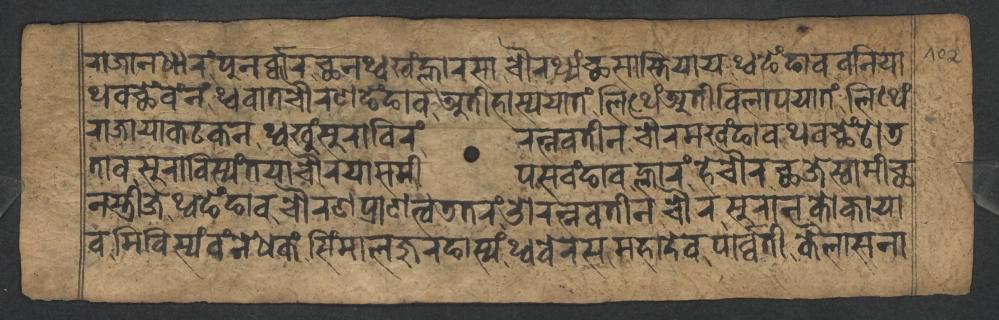
𑐬𑐵𑐖𑐵𑐣𑐢𑐵𑐬𑑄𑐥𑐸𑐣𑐬𑑂𑐰𑑂𑐰𑐵𑐬𑐕𑐣𑐠𑑂𑐰𑐏𑑄𑐮𑑂𑐴𑐵𑐬𑐳𑐵𑐔𑑁𑐬𑐠𑑂𑐫𑑄𑐕𑐳𑐵𑐳𑑂𑐟𑐶𑐫𑐵𑐫𑐠𑑂𑐰𑐒𑐾𑑄𑐒𑐵𑐰𑐧𑐣𑐶𑐫𑐵 𑐠𑐰𑐕𑐾𑑄𑐰𑑄𑐣𑑄𑐠𑑂𑐰𑐰𑐵𑐟𑐔𑑁𑐬𑐞𑐒𑐾𑑄𑐒𑐵𑐰𑐀𑐟𑐷𑐴𑐵𑐳𑑂𑐫𑐫𑐵𑐟𑑄𑐮𑐶𑐠𑐾𑑄𑐀𑐟𑐷𑐰𑐶𑐮𑐵𑐥𑐫𑐵𑐟𑑄𑐮𑐶𑐠𑐾𑑄 𑐬𑐵𑐖𑐵𑐫𑐵𑐎𑐚𑐎𑐣𑐠𑑂𑐰𑐏𑐸𑑄𑐳𑐸𑐬𑐵𑐧𑐶𑐬𑑄𑐬𑐟𑑂𑐣𑐰𑐟𑐷𑐣𑐔𑑁𑐬𑐩𑐏𑑄𑐒𑐵𑐰𑐠𑐰𑐕𑐾𑑄𑐚𑑀𑐜 𑐟𑐵𑐰𑐳𑐸𑐬𑐵𑐧𑐶𑐳𑑂𑐫𑑄𑐟𑐫𑐵𑐔𑑁𑐬𑐫𑐵𑐳𑐩𑐷𑐥𑐳𑐰𑑄𑐒𑐵𑐰𑐮𑑂𑐴𑐵𑐬𑑄𑐴𑐾𑐔𑑁𑐬𑐕𑐖𑐾𑐳𑑂𑐰𑐵𑐩𑐷𑐕 𑐣𑐳𑑂𑐟𑑂𑐬𑐷𑐖𑐾𑐠𑑂𑐰𑐒𑐾𑑄𑐒𑐵𑐰𑐔𑑁𑐬𑐞𑐥𑑂𑐬𑐵𑐞𑐟𑑂𑐰𑐜𑐟𑐬𑑄𑐌𑐬𑐟𑑂𑐣𑐰𑐟𑐷𑐣𑐔𑑁𑐬𑐳𑐸𑐬𑐵𑐣𑐎𑑀𑐎𑐵𑐫𑐵 𑐰𑐩𑐶𑐧𑐶𑐳𑑂𑐫𑑄𑐰𑑄𑐣𑐾𑐢𑐎𑑄𑐳𑐶𑑄𑐩𑐵𑐮𑐖𑐸𑐬𑐒𑐵𑐳𑑂𑐫𑑄𑐠𑑂𑐰𑐧𑐾𑐬𑐳𑐩𑐴𑐵𑐡𑐾𑐰𑐥𑐵𑐬𑑂𑐰𑑂𑐰𑐟𑐷𑐎𑐿𑐮𑐵𑐳𑐣𑐵